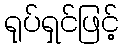
ရုပ်ရှင်ဖြင့်